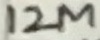
Text: 12M